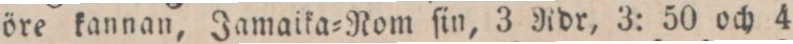
öre kannan, Jamaika=Rom ſin, 3 Rdr, 3: 50 och 4